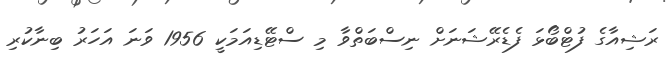
ރަޝިއާގެ ފުޓްބޯޅަ ފެޑެރޭޝަނަށް ނިސްބަތްވާ މި ސްޓޭޑިއަމަކީ 1956 ވަނަ އަހަރު ބިނާކުރި